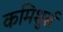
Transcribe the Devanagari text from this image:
कमिशुर्स